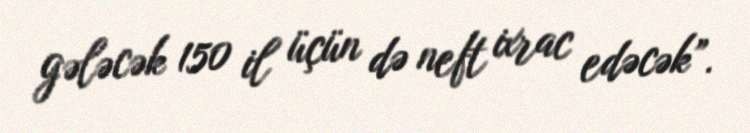
gələcək 150 il üçün də neft ixrac edəcək”.